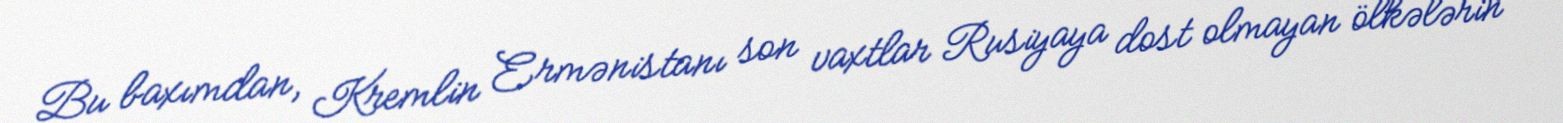
Bu baxımdan, Kremlin Ermənistanı son vaxtlar Rusiyaya dost olmayan ölkələrin